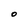
Character: O